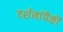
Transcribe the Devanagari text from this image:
दर्शनांपैकी